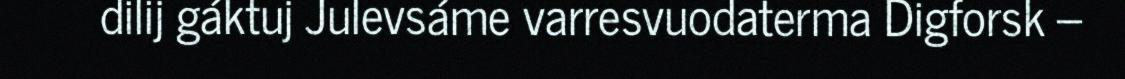
dilij gáktuj Julevsáme varresvuodaterma Digforsk –